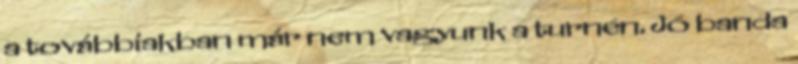
a továbbiakban már nem vagyunk a turnén. Jó banda